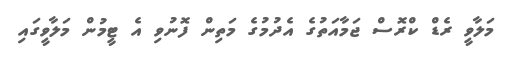
މަލާވީ ރެޑް ކްރޮސް ޖަމާއަތުގެ އެދުމުގެ މަތިން ފޮނުވި އެ ޓީމުން މަލާވީގައި